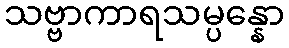
သဗ္ဗာကာရသမ္ပန္နော